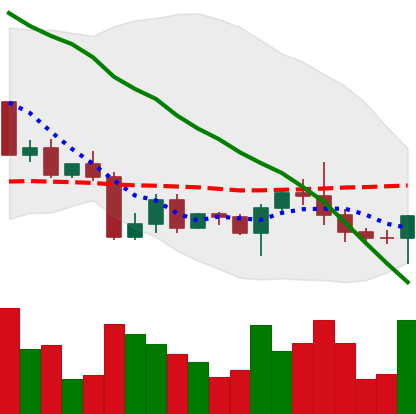
Ticker: BTC-USD
Chart end date: 2022-04-25
Forward return: -6.781%
Label: down_5_7